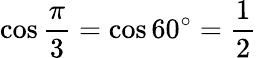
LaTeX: \cos{\frac{\pi}{3}}=\cos 60^{\circ}={\frac{1}{2}}